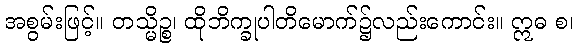
အစွမ်းဖြင့်။ တသ္မိဉ္စ၊ ထိုဘိက္ခုပါတိမောက်၌လည်းကောင်း။ ဣဓ စ၊